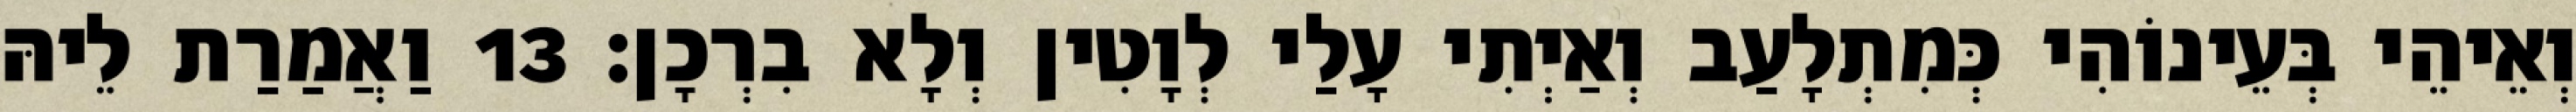
וְאֵיהֵי בְּעֵינוֹהִי כְּמִתְלָעַב וְאַיְתִי עָלַי לְוָטִין וְלָא בִרְכָן׃ 13 וַאֲמַרַת לֵיהּ